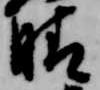
晴